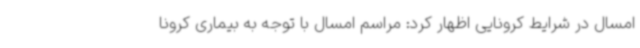
امسال در شرایط کرونایی اظهار کرد: مراسم امسال با توجه به بیماری کرونا